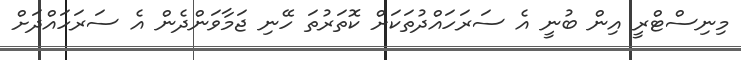
މިނިސްޓްރީ އިން ބުނީ އެ ސަރަހައްދުތަކަށް ކޮތަރުތަ ހޭނި ޖަމާވަންދެން އެ ސަރަހައްދަށް